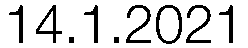
14.1.2021